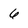
Character: 6